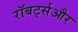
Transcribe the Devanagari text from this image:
रॉबर्ट्सऔर